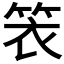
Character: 𬕁